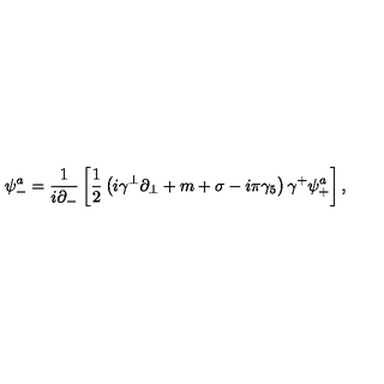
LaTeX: \psi _ { - } ^ { a } = \frac { 1 } { i \partial _ { - } } \left[ { \frac { 1 } { 2 } } \left( i \gamma ^ { \perp } \partial _ { \perp } + m + \sigma - i \pi \gamma _ { 5 } \right) \gamma ^ { + } \psi _ { + } ^ { a } \right] ,